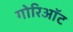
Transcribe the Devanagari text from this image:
गोरिऑट